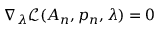
\nabla _ { \lambda } \mathcal { L } ( A _ { n } , p _ { n } , \lambda ) = 0